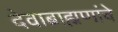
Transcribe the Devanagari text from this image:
देवाब्राह्मणांचे